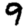
Digit: 9